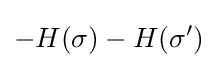
-H(\sigma )-H(\sigma ')